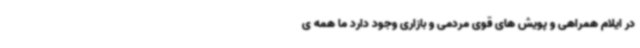
در ایلام همراهی و پویش های قوی مردمی و بازاری وجود دارد ما همه ی